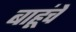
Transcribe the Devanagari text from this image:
बाहूंचे